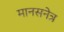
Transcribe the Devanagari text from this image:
मानसनेत्र